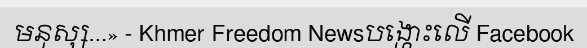
មនុស្ស...» - Khmer Freedom Newsបង្ហោះលើ Facebook